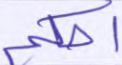
احكم